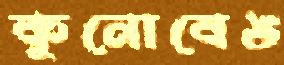
কুনোবেঙ